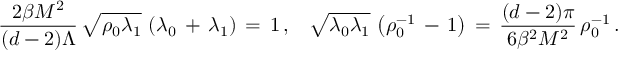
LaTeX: \frac { 2 \beta M ^ { 2 } } { ( d - 2 ) \Lambda } \, \sqrt { \rho _ { 0 } \lambda _ { 1 } } \, \left( \lambda _ { 0 } \, + \, \lambda _ { 1 } \right) \, = \, 1 \, { , } \quad \sqrt { \lambda _ { 0 } \lambda _ { 1 } } \, \left( \rho _ { 0 } ^ { - 1 } \, - \, 1 \right) \, = \, \frac { ( d - 2 ) \pi } { 6 \beta ^ { 2 } M ^ { 2 } } \, \rho _ { 0 } ^ { - 1 } \, { . }